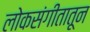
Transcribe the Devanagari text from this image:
लोकसंगीतातून